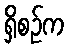
ရှိစဉ်က